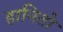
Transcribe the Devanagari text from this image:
हानितो